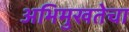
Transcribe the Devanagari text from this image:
अभिमुखतेचा